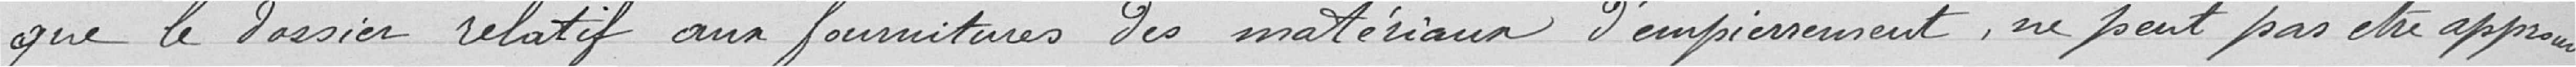
Que le dossier relatif au fourniture des matériaux d'empierrement ne peut pas être approuvé